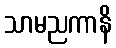
သာမညကာနိ